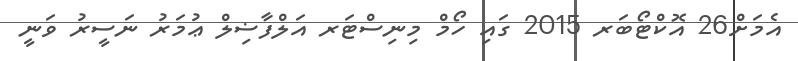
އެމަށް26 އޮކްޓޯބަރ 2015 ގައި ހޯމް މިނިސްޓަރ އަލްފާޟިލް ޢުމަރު ނަސީރު ވަނީ